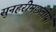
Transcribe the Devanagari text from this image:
सुनहरीमछलीयों